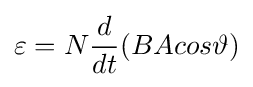
\varepsilon =N{d \over dt}(BAcos\vartheta )